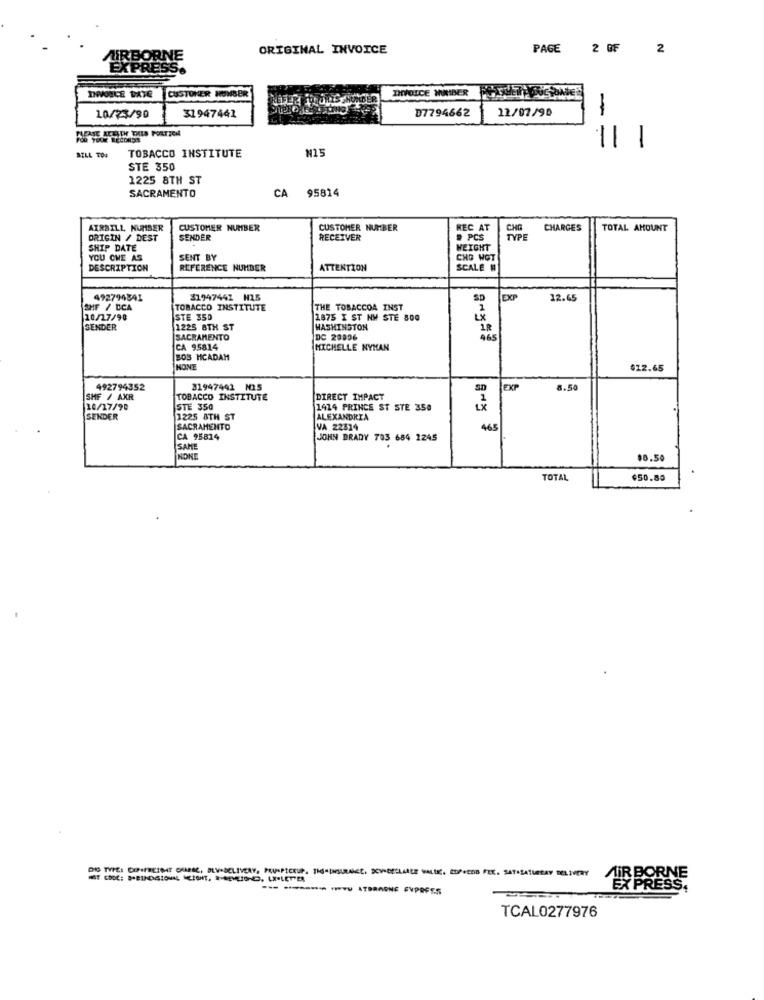
ORIGINAL INVOICE
PAGE 2 OF
2
AIRBORNE
EXPRES
CUSTOMER NONSE
INVOICE NUMBER
DWVONICE DATE
12/07/90
10/73/90
31947441
D7794662
BILL TO:
N15
--
-
TOBACCO INSTITUTE
STE 350
1225 8TH ST
SACRAMENTO
CA 95814
AIRBILL NUMBER
CUSTOMER NUMBER
CUSTOMER NUMBER
REC AT
CHARGES
TOTAL AMOUNT
ORIGIN / DEST
SENDER
RECEIVER
# PCS
TYPE
SHIP DATE
WEIGHT
YOU CHE AS
SENT BY
CHO WOT
DESCRIPTION
REFERENCE NUMBER
ATTENTION
SCALE W
492794841
31947442 H15
EXP
12.65
SHF / DCA
TOBACCO INSTITUTE
THE TOBACCOA INST
10/17/90
STE 350
1875 I ST NW STE 800
SENDER
1225 8TH ST
WASHINGTON
IR
SACRAMENTO
DC 20806
CA 95814
MICHELLE NYMAN
BOS HCADAM
NONE
$12.65
492794352
31947442 N25
SD
EXP
8.50
SHF / AXR
TOBACCO INSTITUTE
DIRECT IMPACT
10/17/90
STE 350
1414 PRINCE ST STE 350
SENDER
1225 8TH ST
ALEXANDRIA
SACRAMENTO
VA 22314
465
CA 95814
JOHN BRADY 703 684 1245
SAME
NONE
$8.50
TOTAL
$50.80
AIR BORN
EX PRESS.
TCAL0277976